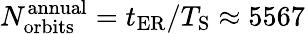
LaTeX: N_{\mathrm{orbits}}^{\mathrm{annual}}=t_{\mathrm{ER}}/T_{\mathrm{S}}\approx 5567